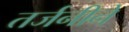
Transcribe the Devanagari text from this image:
तर्जनीने